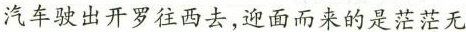
汽车驶出开罗往西去，迎面而来的是茫茫无